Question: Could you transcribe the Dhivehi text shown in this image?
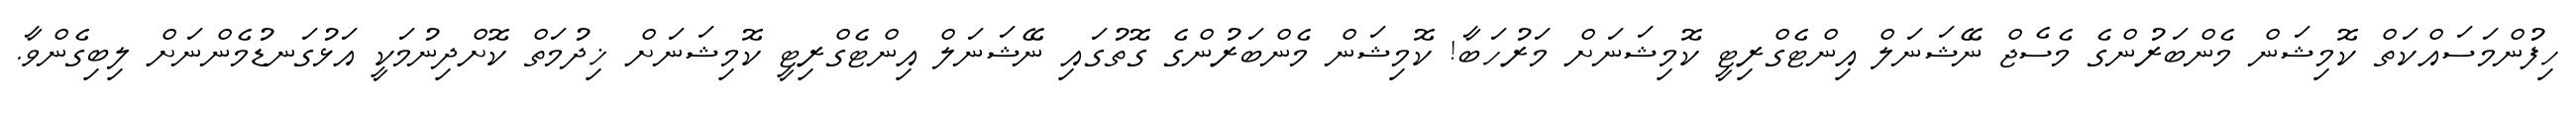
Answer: ހިފުންމަސައްކަތް ކޮމިޝަން މެންބަރުންގެ މެސެޖް ނޭޝަނަލް އިންޓެގްރިޓީ ކޮމިޝަނަށް މަރުހަބާ! ކޮމިޝަން މެންބަރުންގެ ގޮތުގައި ނޭޝަނަލް އިންޓެގްރިޓީ ކޮމިޝަނަށް ޚިދުމަތް ކޮށްދިނުމަކީ އަޅުގަނޑުމެންނަށް ލިބިގެންވާ.